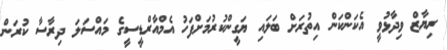
ރިޔާޒް ވިދާޅުވީ އެކަންކަން އިތުރަށް ބަލައި ޔަގީންކުރުމަށްފަހު އެމްއާރްޑީސީގެ މައްސަލަ ދިރާސާ ކުރަން